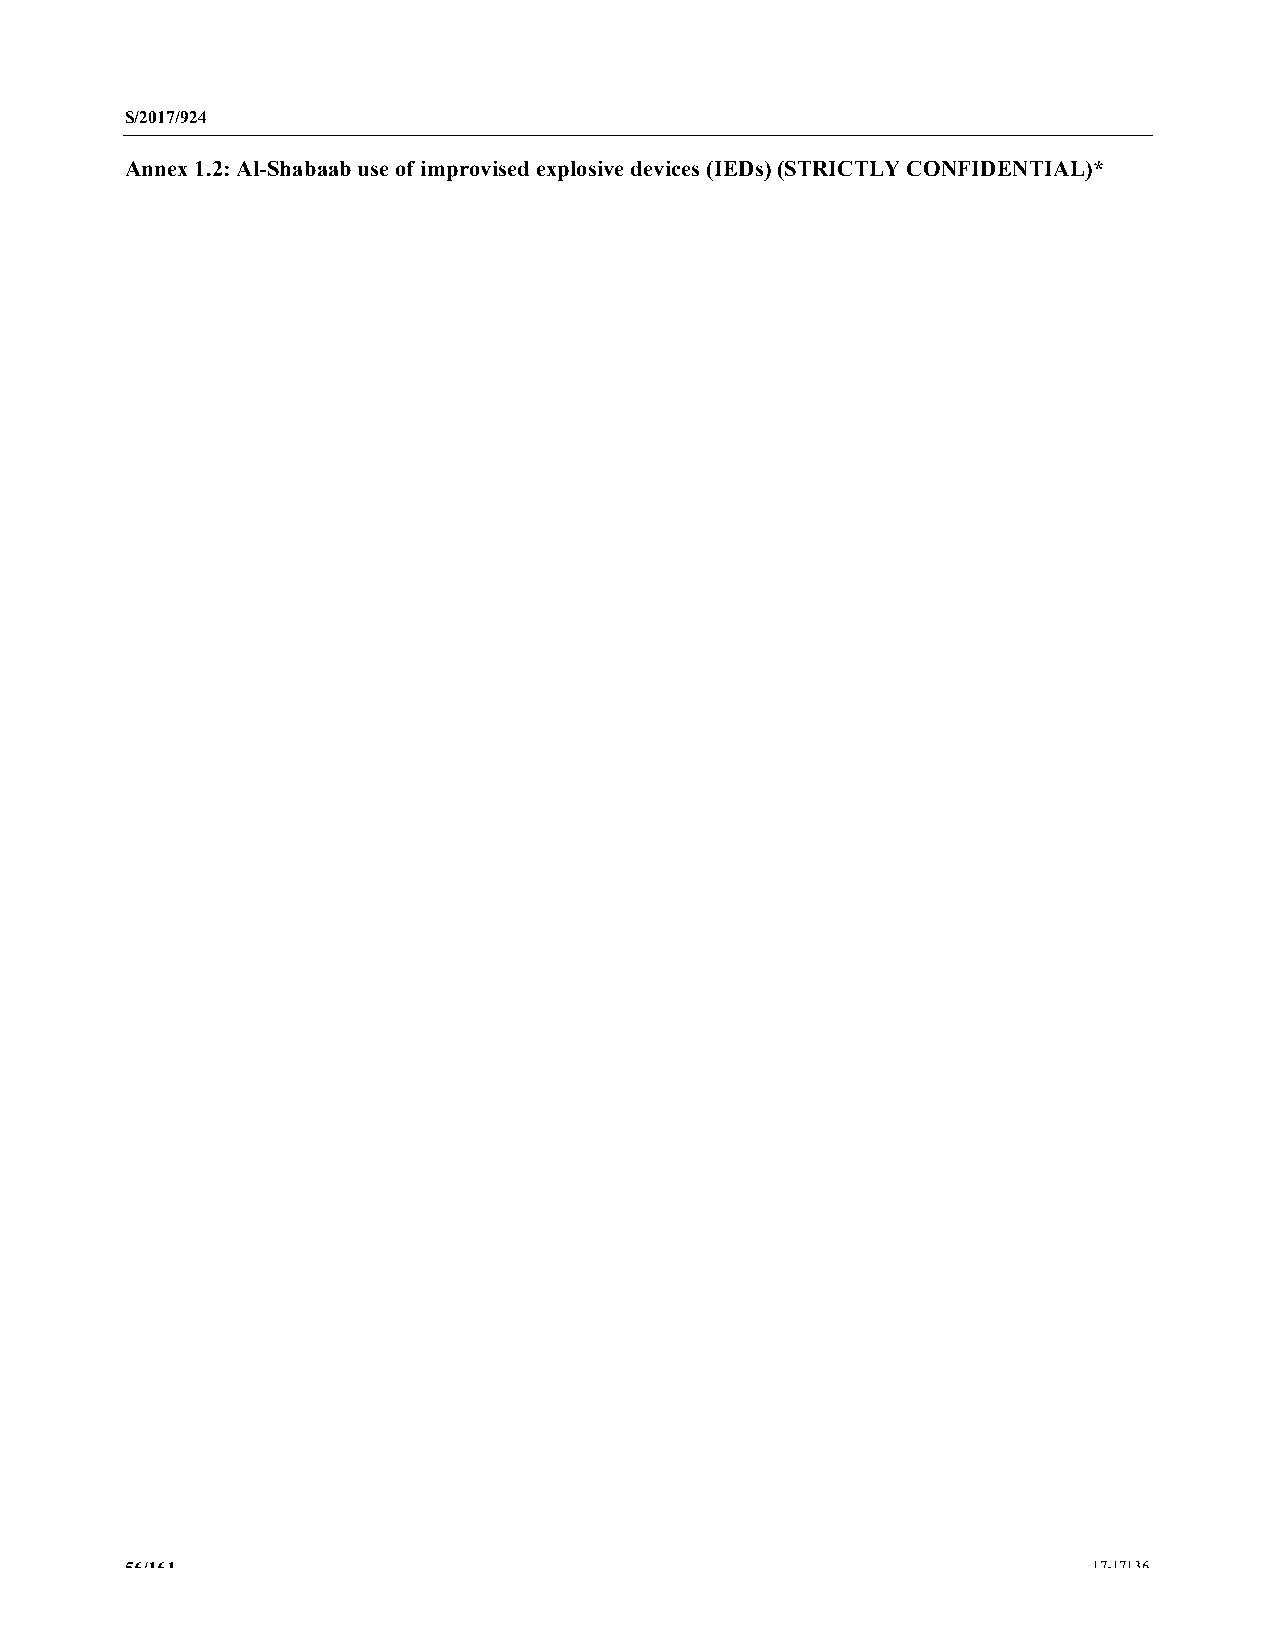
S/2017/924
 Annex 1.2: Al-Shabaab use of improvised explosive devices (IEDs) (STRICTLY CONFIDENTIAL)*
 56/161                                                          17-17136